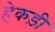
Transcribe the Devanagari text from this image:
हेकड़ी